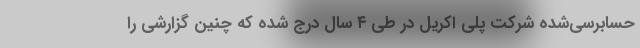
حسابرسی‌شده شرکت پلی اکریل در طی ۴ سال درج شده که چنین گزارشی را